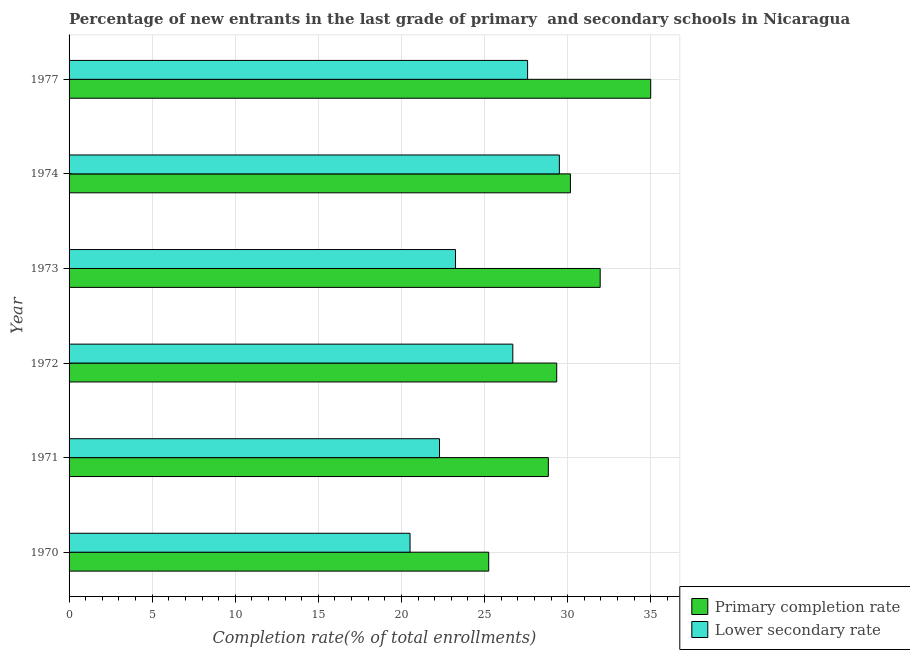
| Year | Primary completion rate | Lower secondary rate |
 | --- | --- | --- |
 | 1970 | 25.3 | 20.5 |
 | 1971 | 28.8 | 22.3 |
 | 1972 | 29.3 | 26.7 |
 | 1973 | 32 | 23.3 |
 | 1974 | 30.2 | 29.5 |
 | 1977 | 35 | 27.6 |